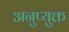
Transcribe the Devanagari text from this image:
अनुप्युक्त